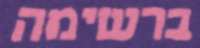
ברשימה